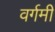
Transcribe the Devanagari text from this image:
वर्गमी